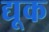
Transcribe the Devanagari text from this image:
द्यूक